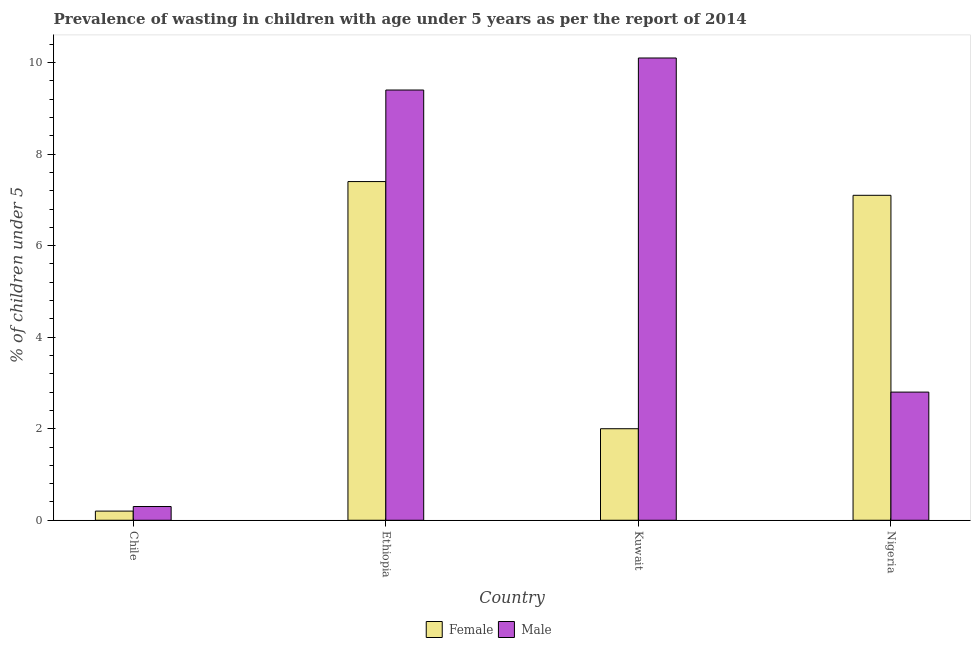
| Country | Female | Male |
 | --- | --- | --- |
 | Chile | 0.2 | 0.3 |
 | Ethiopia | 7.4 | 9.4 |
 | Kuwait | 2 | 10.1 |
 | Nigeria | 7.1 | 2.8 |